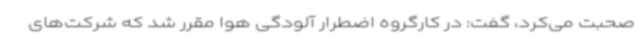
صحبت می‌کرد، گفت: در کارگروه اضطرار آلودگی هوا مقرر شد که شرکت‌های